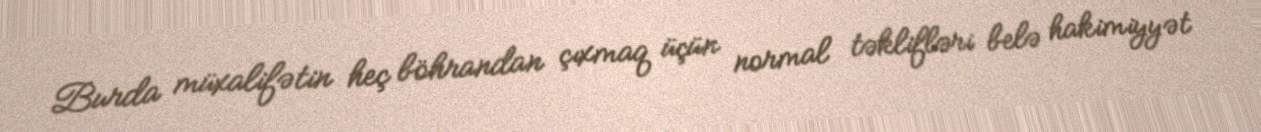
Burda müxalifətin heç böhrandan çıxmaq üçün normal təklifləri belə hakimiyyət